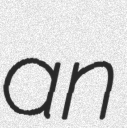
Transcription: an